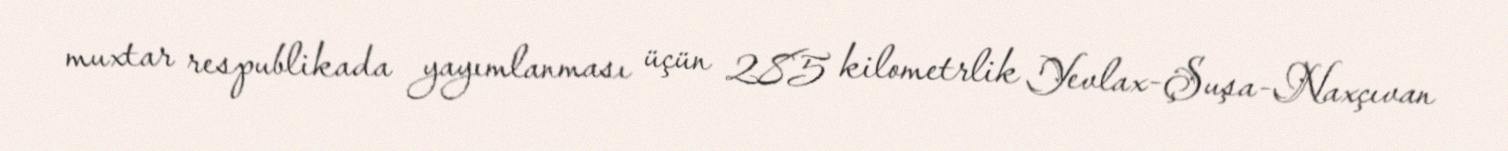
muxtar respublikada yayımlanması üçün 285 kilometrlik Yevlax-Şuşa-Naxçıvan